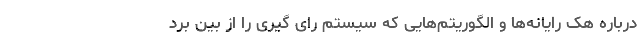
درباره هک رایانه‌ها و الگوریتم‌هایی که سیستم رای گیری را از بین برد